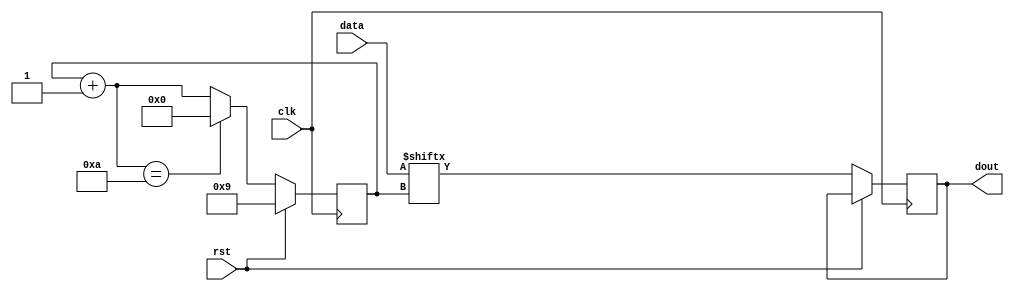
// Converts 10 bit parallel data to serial data

`timescale 1ns / 1ps
module datachannel(
    input clk,
    input rst,
    input [9:0] data,
    output reg dout
);

reg[3:0] i;
reg[3:0] i_next;
reg dout_reg;

always @(*) begin
	i_next = i + 1;
	if(i_next == 10) begin
		i_next = 0;
	end
end

always @(posedge clk) begin
    if(rst) begin
        i <= 4'd9;
    end else begin
        i <= i_next;
        dout <= data[i];
    end
end

endmodule